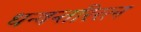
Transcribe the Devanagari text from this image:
धन्वन्तरिरत्न